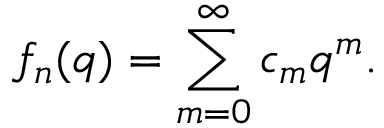
f _ { n } ( q ) = \sum _ { m = 0 } ^ { \infty } c _ { m } q ^ { m } .